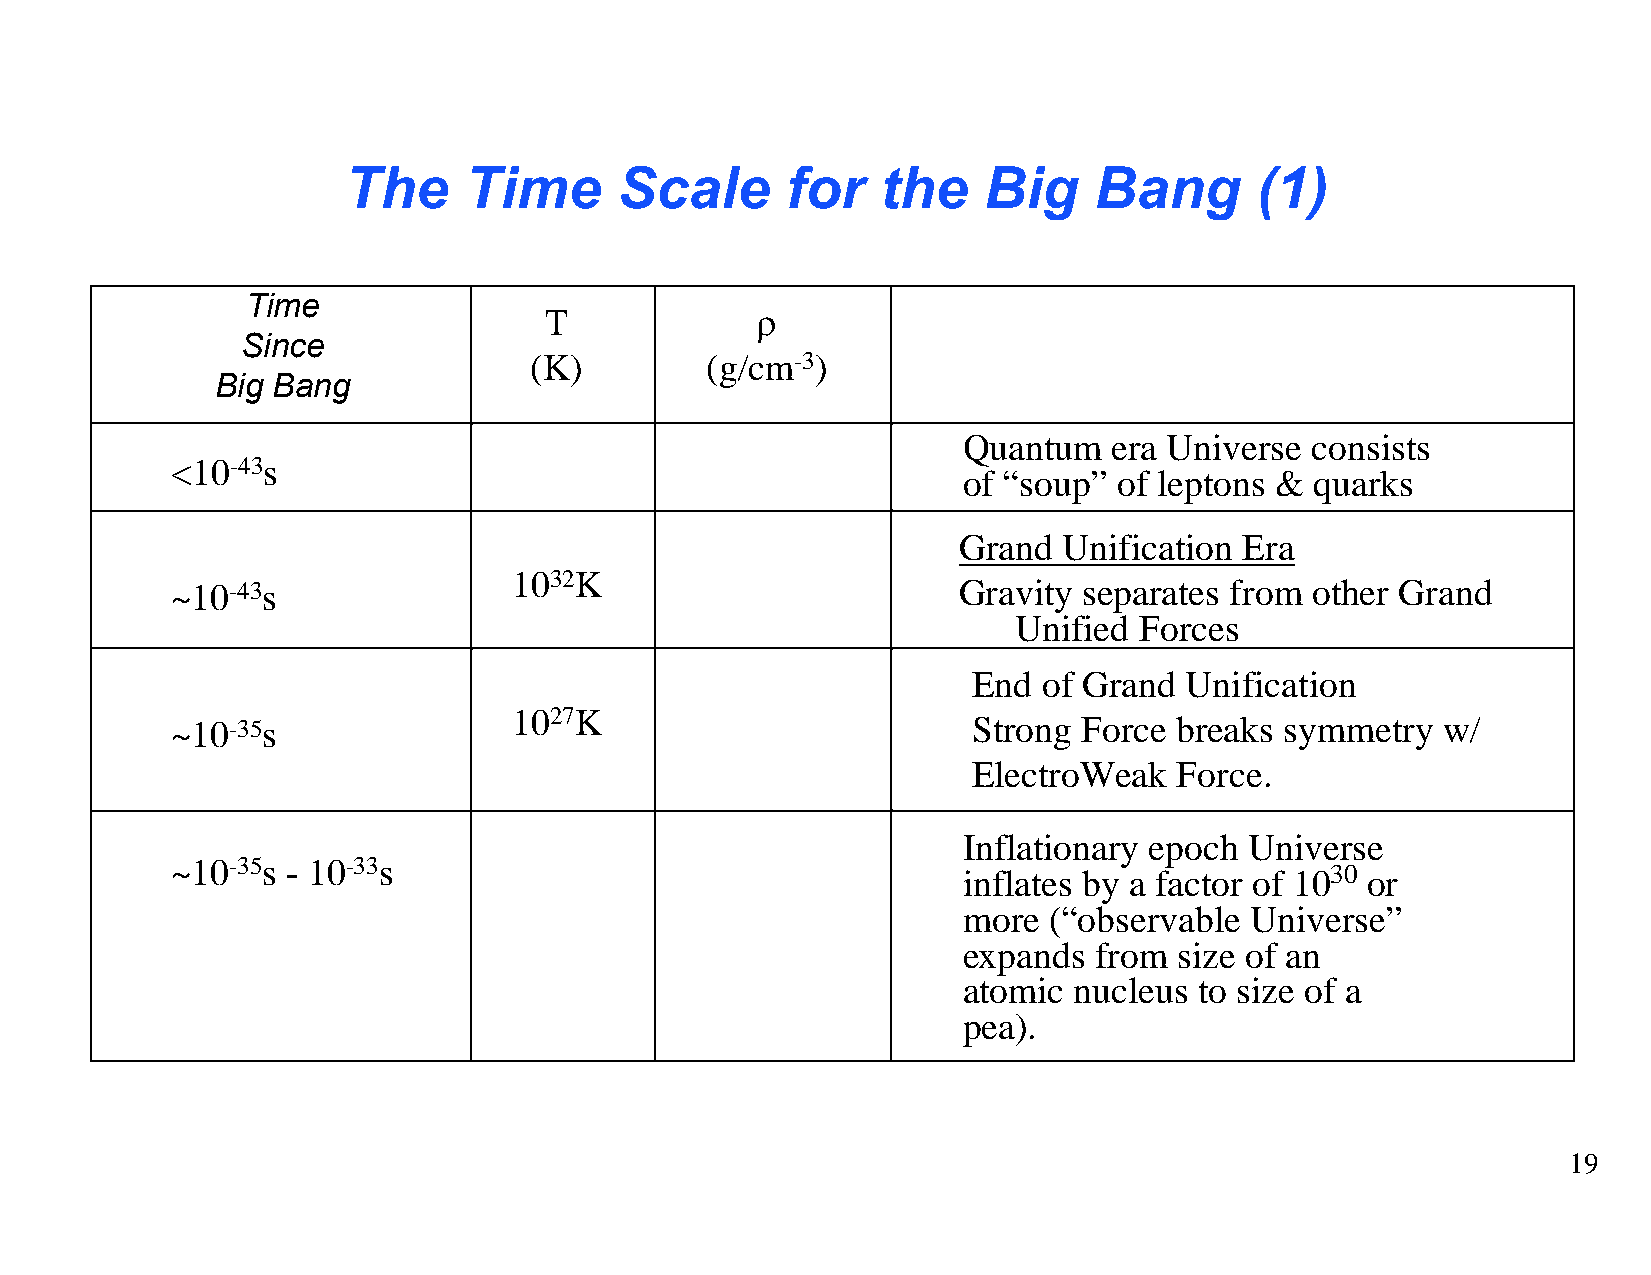
The     Time      Scale      for   the    Big    Bang       (1)
 Time
 T             ρ
 Since
 (K)         (g/cm-3)
 Big Bang
 Quantum   era Universe consists
 <10-43s
 of “soup” of leptons & quarks
 Grand  Unification Era
 1032K
 ~10-43s                                             Gravity  separates from other Grand
 Unified Forces
 End  of Grand Unification
 1027K
 ~10-35s                                              Strong  Force breaks symmetry  w/
 ElectroWeak   Force.
 Inflationary epoch Universe
 ~10-35s - 10-33s
 inflates by a factor of 1030 or
 more (“observable  Universe”
 expands from  size of an
 atomic nucleus to size of a
 pea).
 19